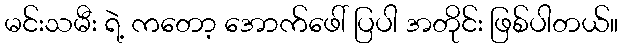
မင်းသမီး ရဲ့ ကတော့ အောက်ဖေါ် ပြပါ အတိုင်း ဖြစ်ပါတယ်။